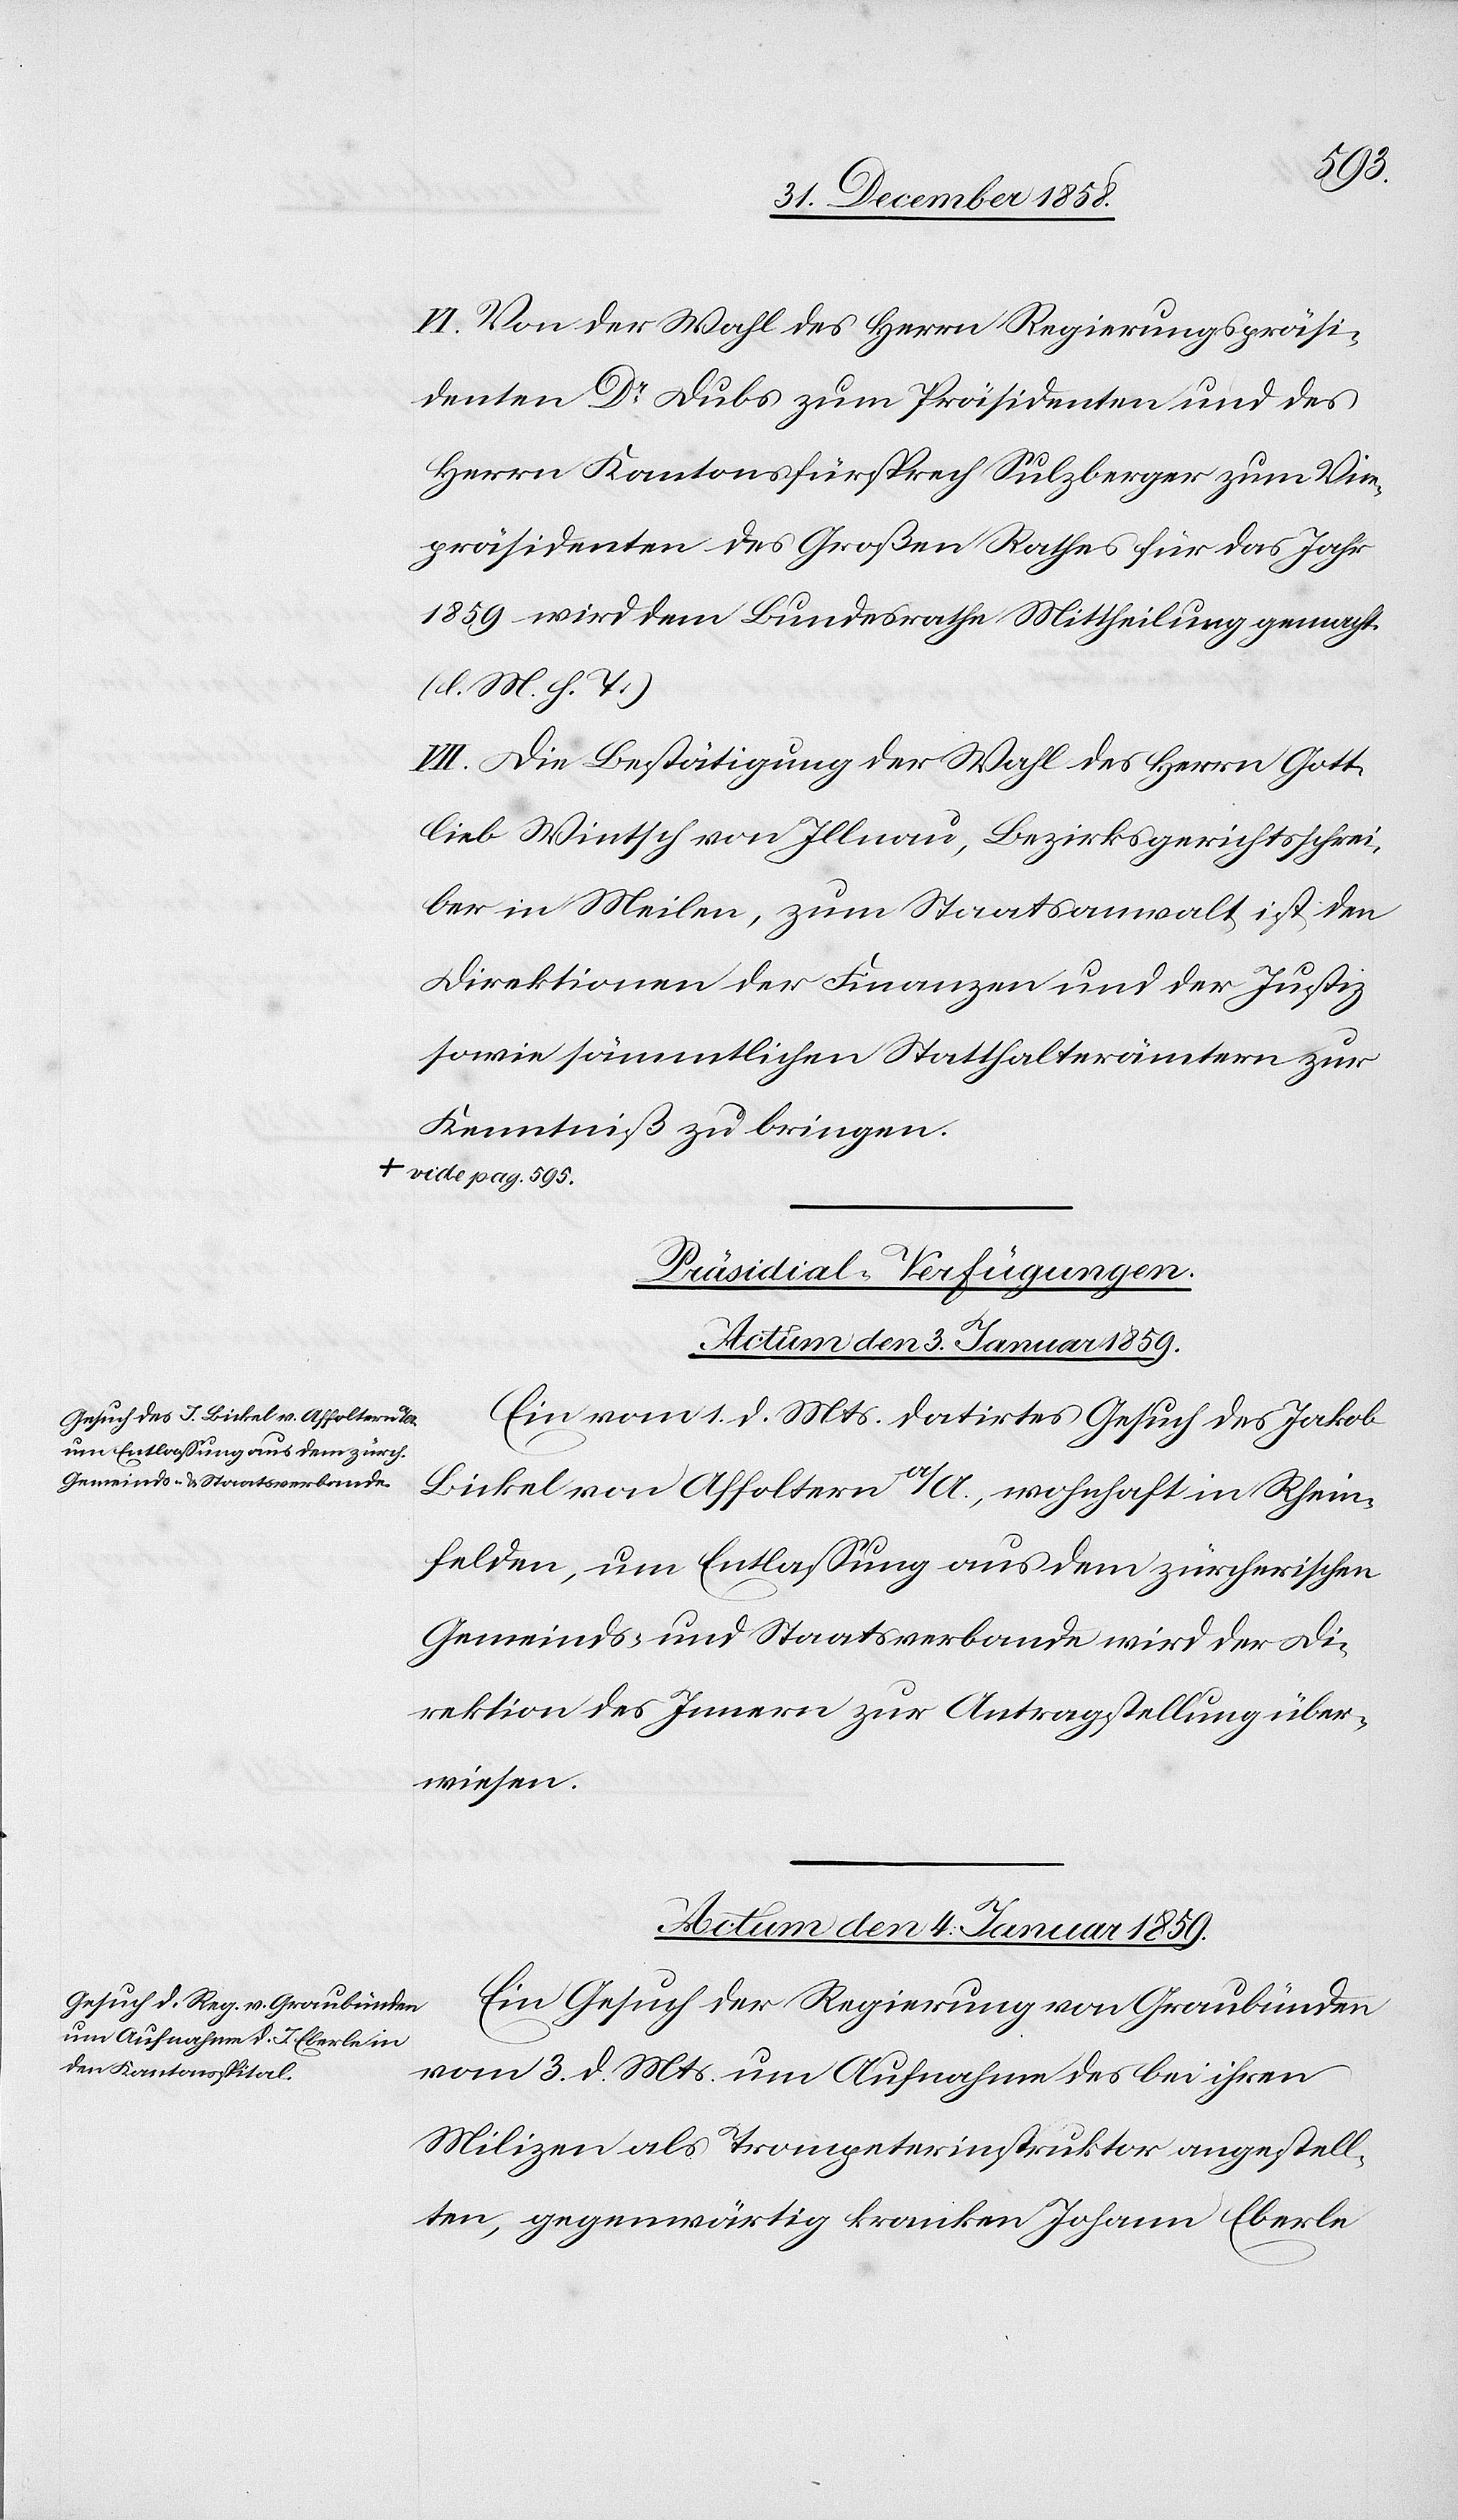
V¬
I. Von der Wahl des Herrn Regierungspräsi¬
denten Dr Dubs zum Präsidenten und des
Herrn Kantonsfürsprech Sulzberger zum Vice¬
präsidenten des Großen Rathes für das Jahr
1859 wird dem Bundesrathe Mittheilung gemacht.
(l. M. h. T.)
VII. Die Bestätigung der Wahl des Herrn Gott¬
lieb Wintsch von Illnau, Bezirksgerichtsschrei¬
ber in Meilen, zum Staatsanwalt ist den
Direktionen der Finanzen und der Justiz
sowie sämmtlichen Statthalterämtern zur
Kenntniß zu bringen.
vide pag. 595.-a
[Präsidial-Verfügungen.]
Actum den 3. Januar 1859.
Ein vom 1. d. Mts. datirtes Gesuch des Jakob
Bickel von Affoltern a/A., wohnhaft in Rhein¬
felden, um Entlassung aus dem zürcherischen
Gemeinds- und Staatsverbande wird der Di¬
rektion des Innern zur Antragstellung über¬
wiesen.
Actum den 4. Januar 1859.
Ein Gesuch der Regierung von Graubünden
vom 3. d. Mts. um Aufnahme des bei ihren
Milizen als Trompeterinstruktor angestell¬
ten, gegenwärtig kranken Johann Eberle